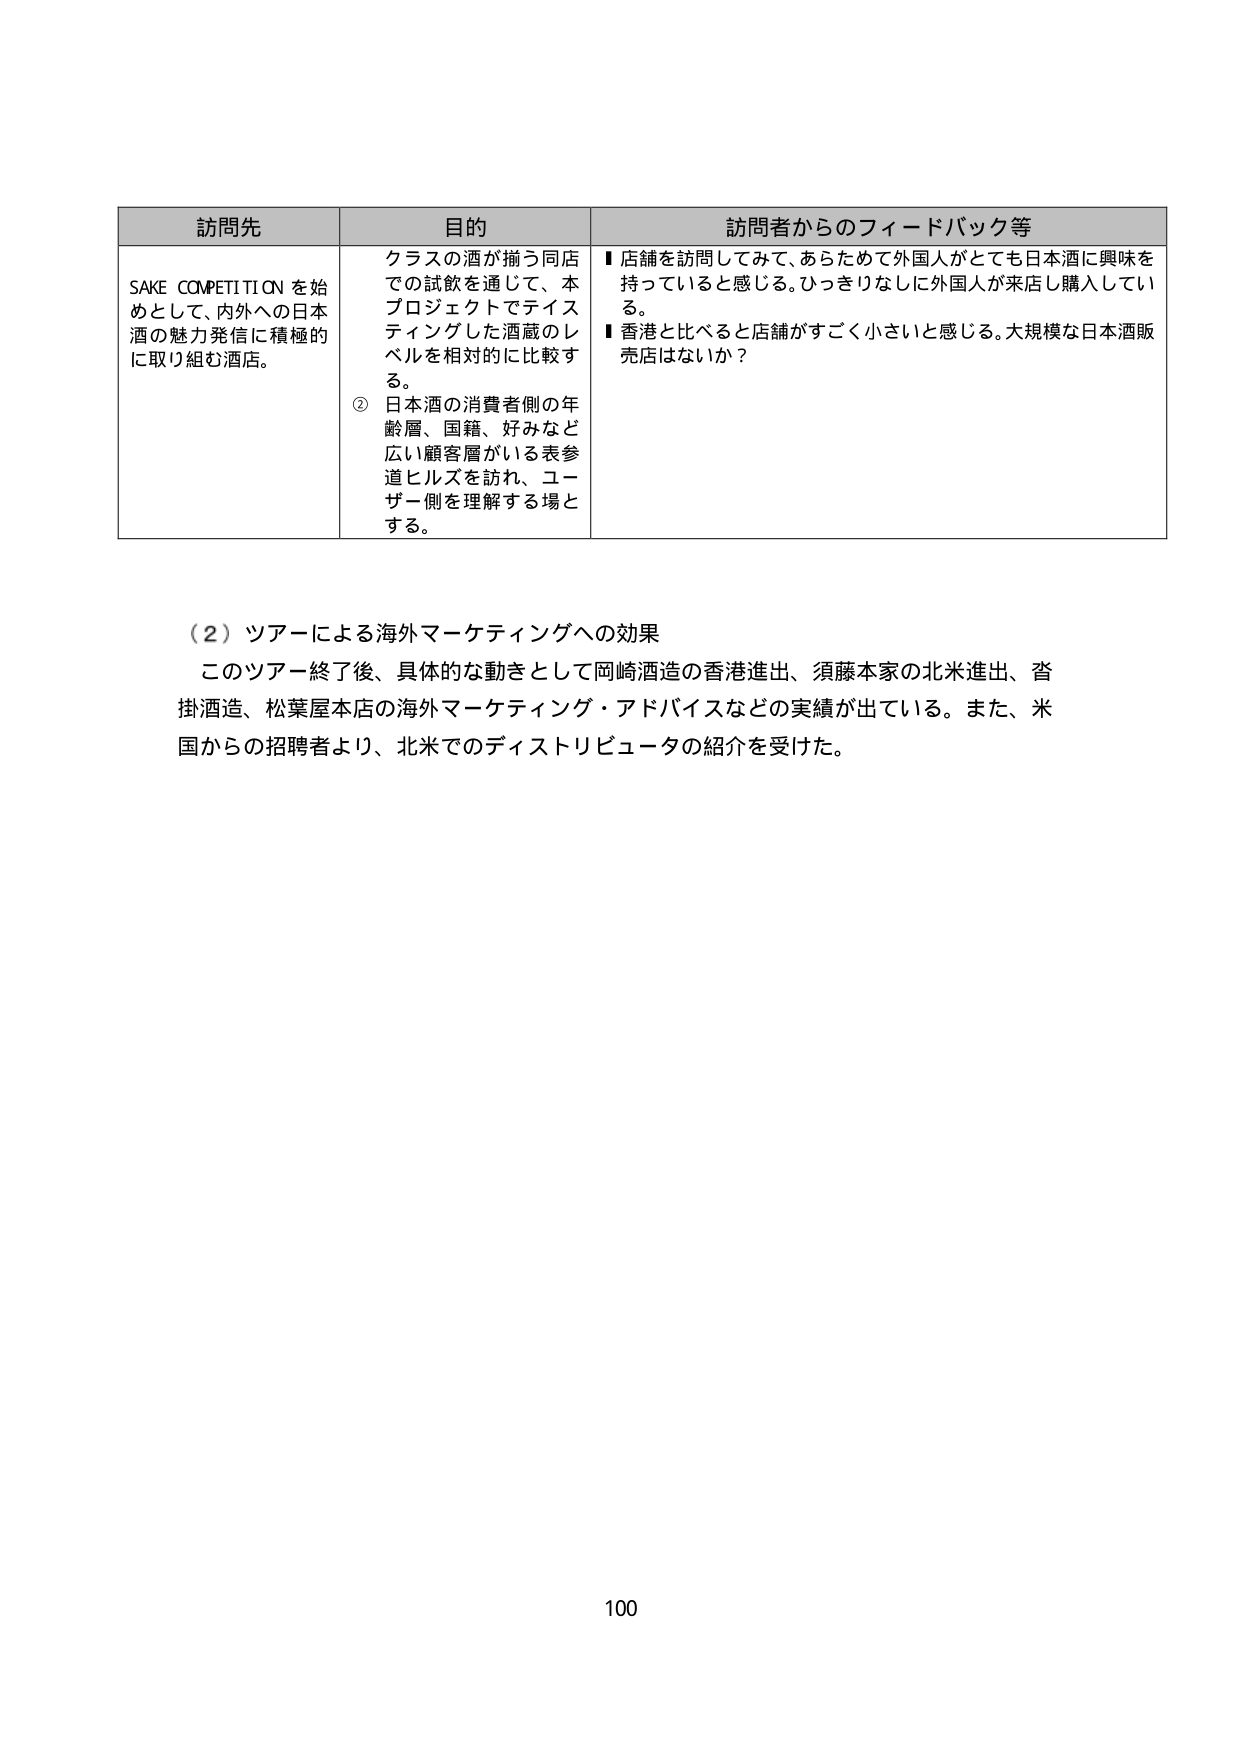
訪問先
SAKE COMPETITION を始めとして、内外への日本酒の魅力発信に積極的に取り組む酒店。

目的
クラスの酒が揃う同店での試飲を通じて、本プロジェクトでテイスティングした酒蔵のレベルを相対的に比較する。
② 日本酒の消費者側の年齢層、国籍、好みなど広い顧客層がいる表参道ヒルズを訪れ、ユーザー側を理解する場とする。

訪問者からのフィードバック等
■ 店舗を訪問してみて、あらためて外国人がとても日本酒に興味を持っていると感じる。ひっきりなしに外国人が来店し購入している。
■ 香港と比べると店舗がすごく小さいと感じる。大規模な日本酒販売店はないか？

（2）ツアーによる海外マーケティングへの効果
このツアー終了後、具体的な動きとして岡崎酒造の香港進出、須藤本家の北米進出、沓掛酒造、松葉屋本店の海外マーケティング・アドバイスなどの実績が出ている。また、米国からの招聘者より、北米でのディストリビュータの紹介を受けた。

100